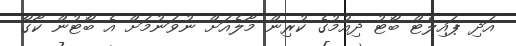
އަދި ޕައިލެޓް ބޯޓު ދިއުމުގެ ކުރިން މާލެއަށް ނުވަނުމަށް އެ ބޯޓުން ކާގޯ